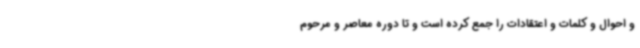
و احوال و کلمات و اعتقادات را جمع کرده است و تا دوره معاصر و مرحوم